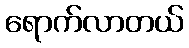
ရောက်လာတယ်